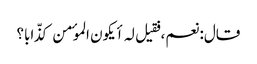
قال: نعم، فقیل لہ أیکون الموٴمن کذّابا؟